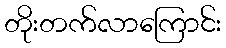
တိုးတက်လာကြောင်း